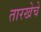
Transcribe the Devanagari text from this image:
तारखेचे